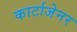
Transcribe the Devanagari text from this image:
कार्टाजेनर